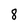
Character: 8